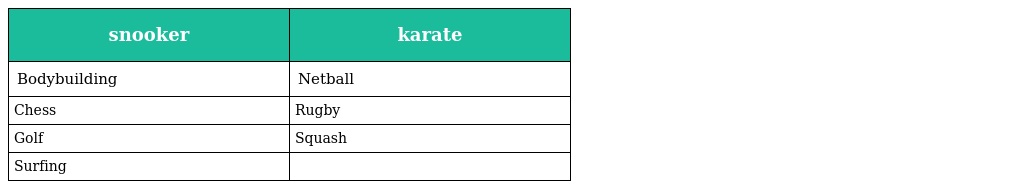
| snooker | karate |
 | --- | --- |
 | Bodybuilding | Netball |
 | Chess | Rugby |
 | Golf | Squash |
 | Surfing |  |